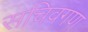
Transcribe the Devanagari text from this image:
सचिवगण